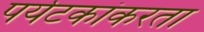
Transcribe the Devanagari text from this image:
पर्यटकांकरता